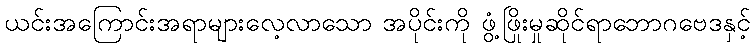
ယင်းအကြောင်းအရာများလေ့လာသော အပိုင်းကို ဖွံ့ဖြိုးမှုဆိုင်ရာဘောဂဗေဒနှင့်